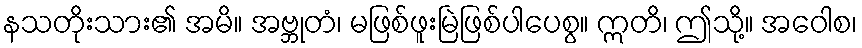
နသတိုးသား၏ အမိ။ အဗ္ဘုတံ၊ မဖြစ်ဖူးမြဲဖြစ်ပါပေစွ။ ဣတိ၊ ဤသို့။ အဝေါစ၊